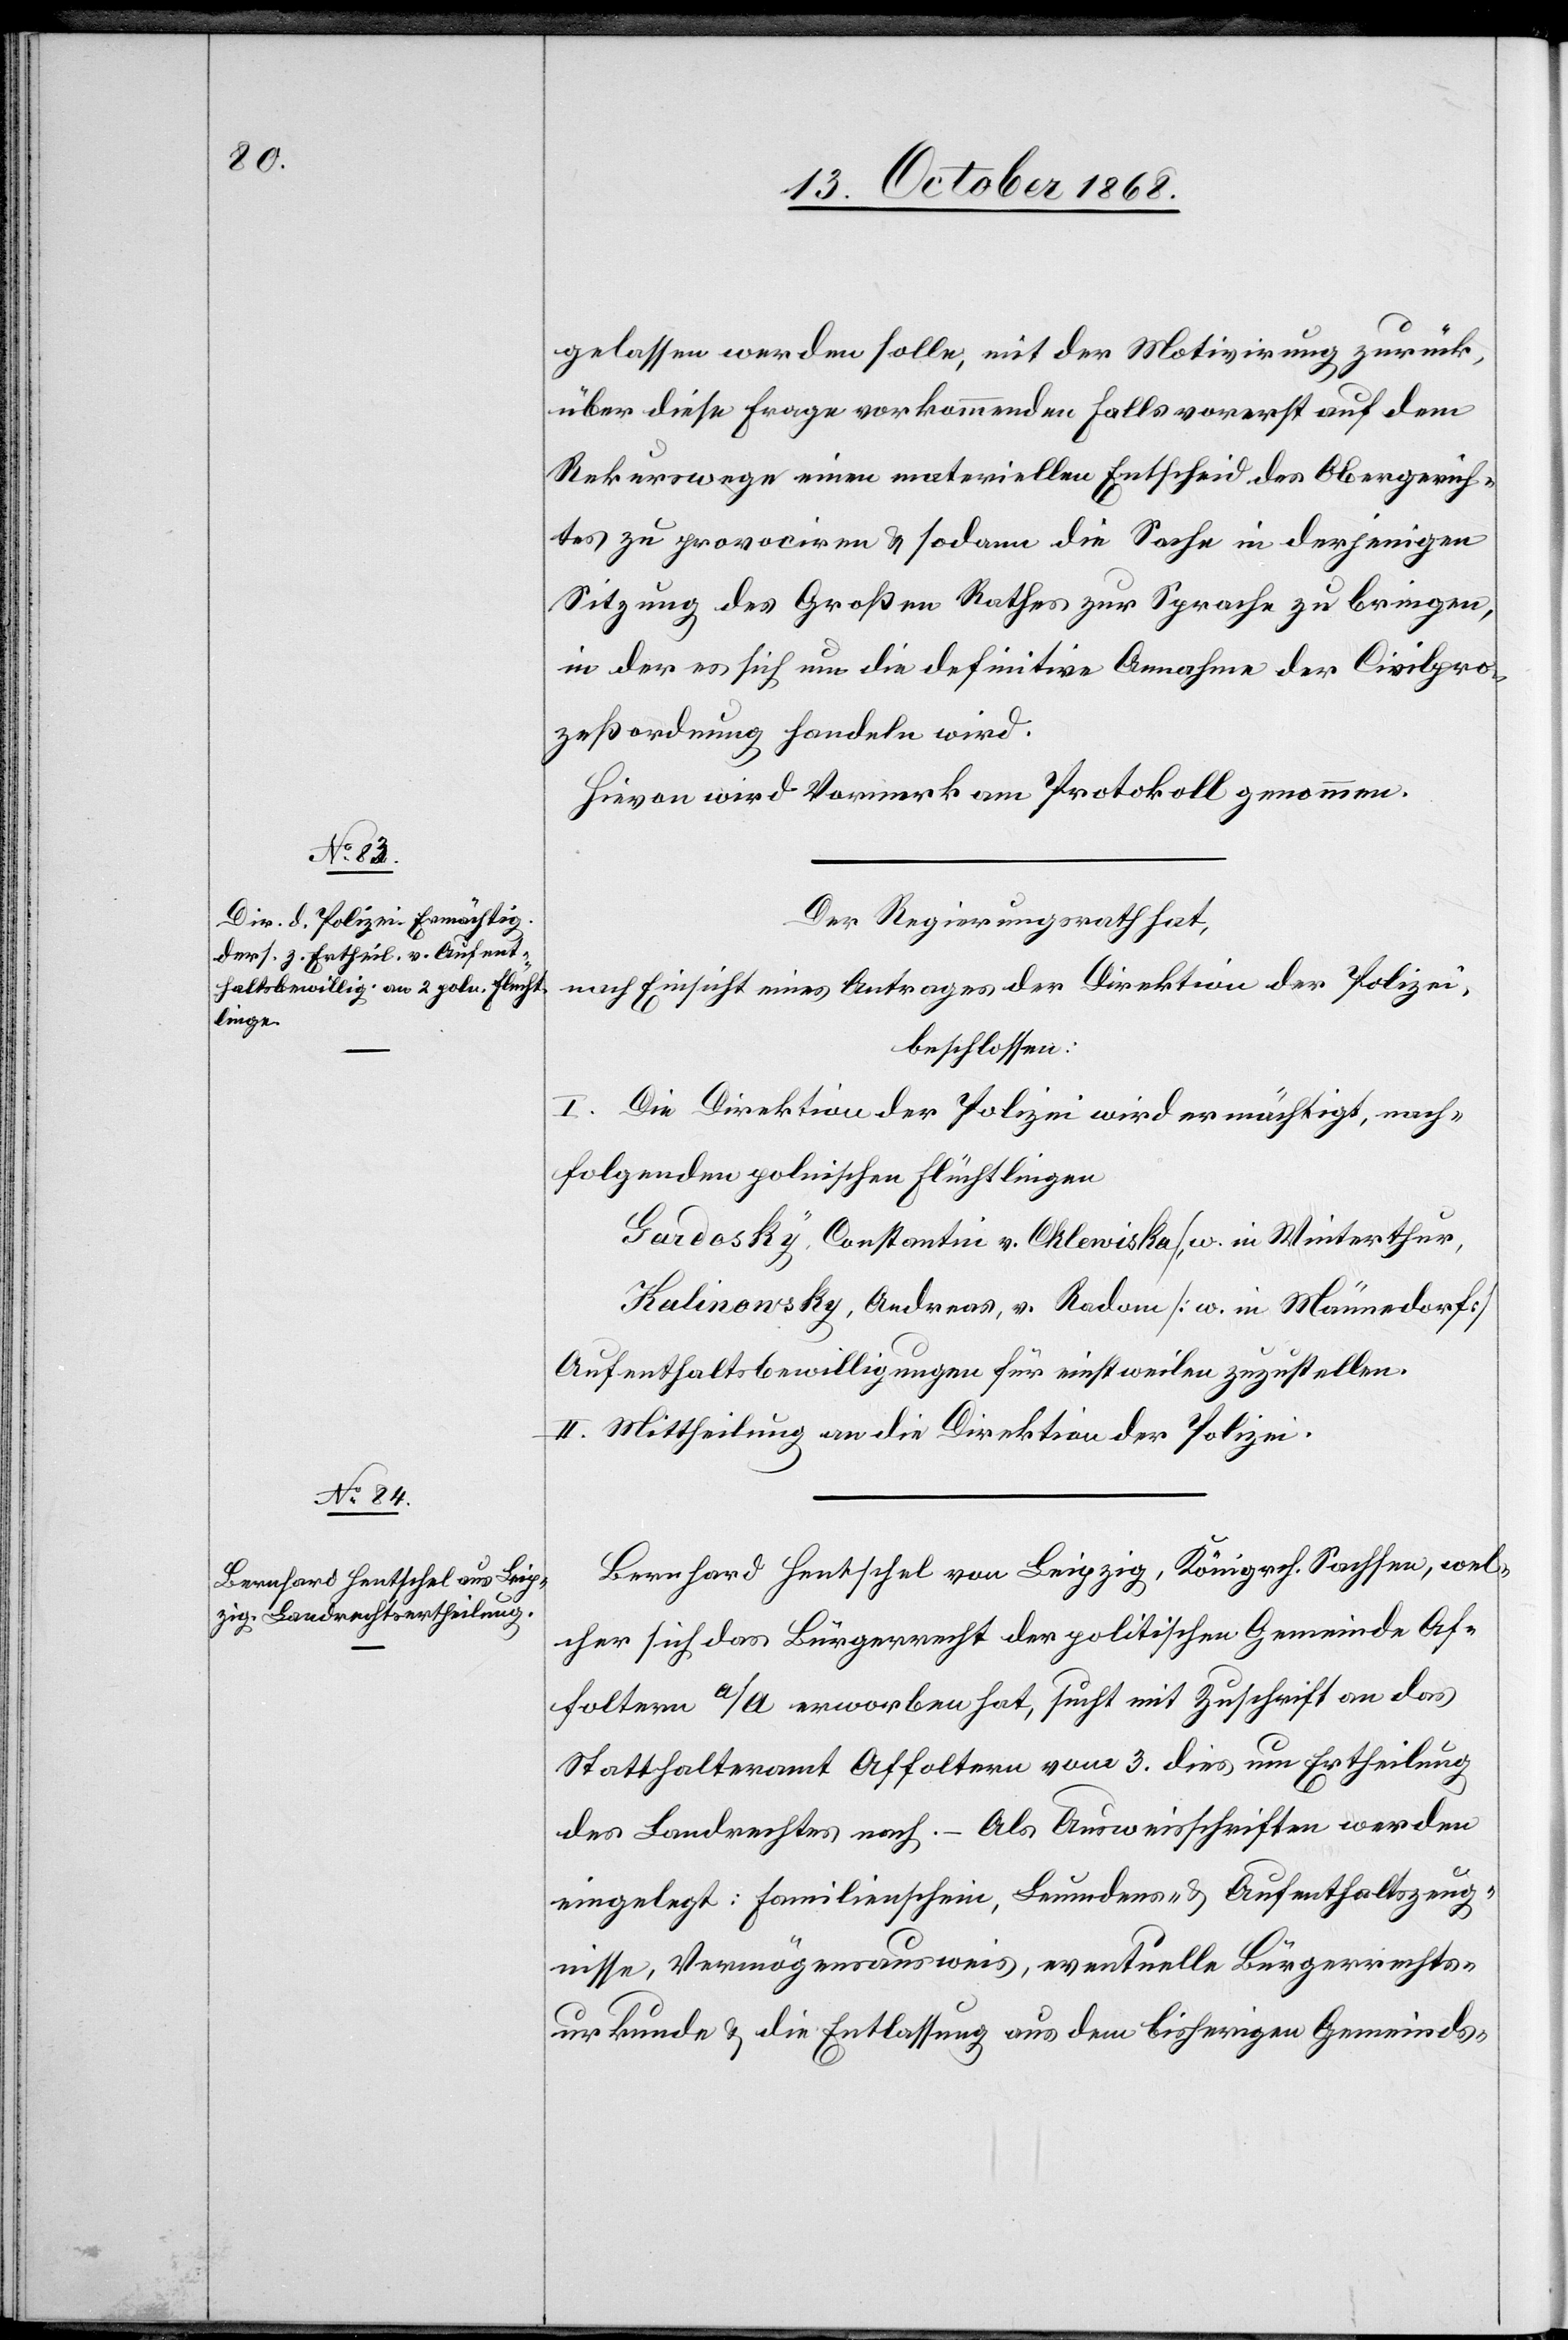
gelassen werden solle, mit der Motivirung zurück,
über diese Frage vorkommenden Falls vorerst auf dem
Rekurswege einen materiellen Entscheid des Obergerich¬
tes zu provociren & sodann die Sache in derjenigen
Sitzung des Großen Rathes zur Sprache zu bringen,
in der es sich um die definitive Annahme der Civilpro¬
zeßordnung handeln wird.
Hievon wird Vormerk am Protokoll genommen.
Der Regierungsrath hat,
nach Einsicht eines Antrages der Direktion der Polizei,
beschlossen:
I. Die Direktion der Polizei wird ermächtigt, nach¬
folgenden polnischen Flüchtlingen
Gardosky, Constantin v. Chlewiska [w. in Winterthur[]],
Kalinowsky, Andreas, v. Radom [w. in Männedorf]
Aufenthaltsbewilligungen für einstweilen zuzustellen.
II. Mittheilung an die Direktion der Polizei.
Bernhard Hentschel von Leipzig, Königrch. Sachsen, wel¬
cher sich das Bürgerrecht der politischen Gemeinde Af¬
foltern a/A erworben hat, sucht mit Zuschrift an das
Statthalteramt Affoltern vom 3. dies um Ertheilung
des Landrechtes nach. – Als Ausweisschriften werden
eingelegt: Familienschein, Leumdens- & Aufenthaltszeug¬
nisse, Vermögensausweis, eventuelle Bürgerrechts¬
urkunde & die Entlassung aus dem bisherigen Gemeinds-